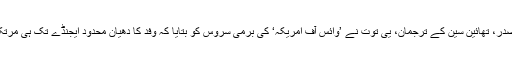
برما کے صدر، تھائین سین کے ترجمان، یی توت نے ’وائس آف امریکہ‘ کی برمی سروس کو بتایا کہ وفد کا دھیان محدود ایجنڈے تک ہی مرتکز رہے گا۔